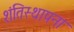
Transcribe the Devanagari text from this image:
शंतिस्थापना